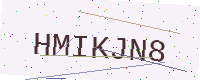
Text: HMIKJN8